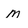
Character: M